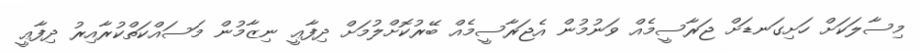
މިސާލަކަށް ހަށިގަނޑަށް ޖަރާސީމެއް ވަނުމުން އެޖަރާސީމެއް ބޭރުކޮށްލުމަށް ދިފާޢީ ނިޒާމުން މަސައްކަތްކުރާއިރު ދިފާޢީ